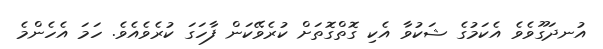
އުނދަގޫވެވެ އެކަމުގެ ޝަކުވާ އެކި ގޮތްގޮތަށް ކުރެވޭކަން ފާހަގަ ކުރެވެއެވެ. ހަމަ އެހެންމެ